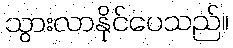
သွားလာနိုင်ပေသည်။